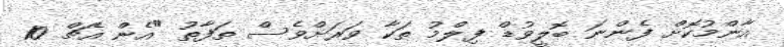
އާންމުކޮށް ފެންނަ ބޮލީވުޑް ފިލްމު ތަކާ ވަރަށްވެސް ތަފާތު "އެން އެޗް 10